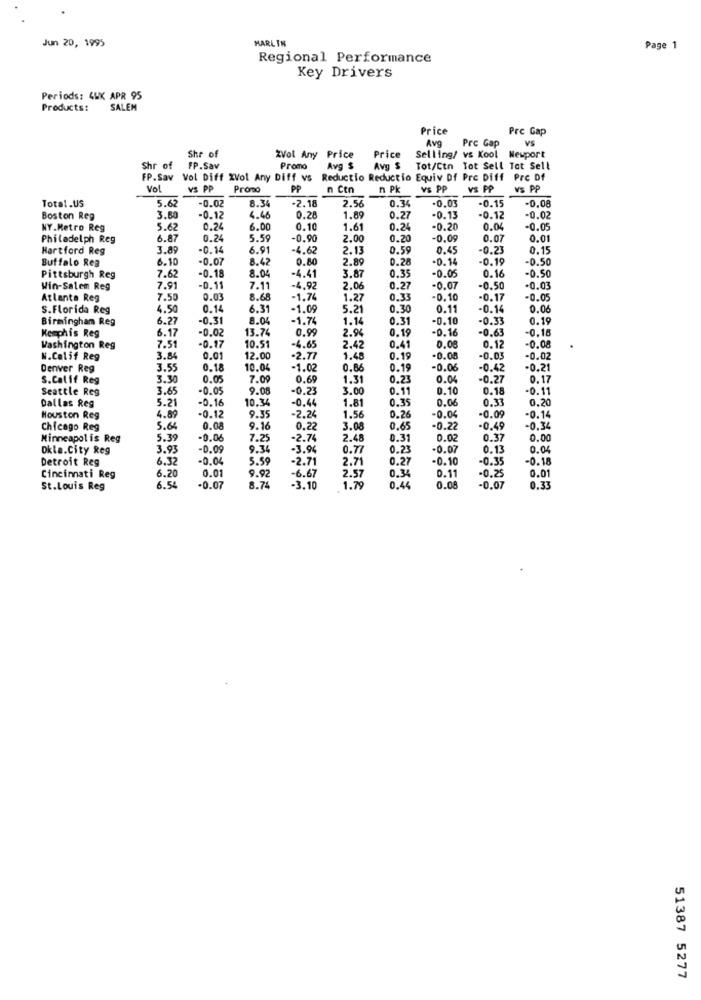
Jun 20, 1995
MARLIN
Page 1
Regional Performance
Key Drivers
Periods: 4UK APR 95
Products:
SALEM
Price
Pre Gap
Ava
Prc Gap
VS
Shr of
ZVol Any Price
Price
Selling/ vs Kool Newport
Shr of
FP.Sav
Promo
Avg $
Avg $
Tot/Ctn Tot Sell Tot Sell
FP.Sav Vol Diff XVol Any Diff vs Reductio Reductio Equiv Df Pre Diff Pre Df
vol
VS PP
Promo
PP
n Cen
n Pk
VS PP
VS PP
VS PP
Total.US
5.6
-0.02
8.34
-2.18
0.34
-0.15
-0.00
2.5
-0.03
Boston Reg
3.80
-0.12
4.46
0.28
1.89
0.27
-0.13
-0.12
0.02
NY.Metro Reg
5.62
0.24
6.00
0.1
1.61
0.24
-0.20
0.04
-0.05
Philadelph Reg
6.8
0.24
5.59
-0.90
2.00
0.20
-0.09
0.07
0.0
Hartford Reg
3.89
-0.14
6.91
6.62
2.13
0.5
0.45
-0.23
0.1
Buffalo Reg
6.1
-0.07
8.42
0.8
2.89
0.28
-0. 14
-0.19
-0.5
8.04
-4.41
0.35
-0.50
Pittsburgh Reg
7.6
-0.18
3.87
-0.05
0.16
Win-Salem Reg
7.91
-0.11
7.11
-4,92
2.06
0.27
-0.07
-0.50
.0.00
Atlanta Reg
7.50
0.03
8.68
-1.7
1.2
0.3
-0.10
-0.17
-0.05
S.Florida Reg
4.50
0.14
6.31
-1.09
5.21
0.30
0.11
-0.14
0.0
Birmingham Reg
6.2
-0.31
8.0
-1.74
1.14
0.31
-0.10
-0.33
0.19
Kemphis Reg
6.17
-0.02
13.74
0.99
2.94
0.15
-0.16
-0.63
-0.16
10.5
-0.0
Washington Reg
7.5
-0.17
-4.6.
2.42
0.41
0.00
0.12
N.Calif Reg
3.84
0.01
12.00
-2.77
1.48
0.19
-0.08
-0.03
-0.02
Denver Reg
3.55
0.18
10.04
-1.02
0.86
0.15
-0.06
-0.42
-0.21
S.Calif Reg
3.30
0.05
7.09
0.69
1.31
0.23
0.04
-0.27
0.17
Seattle Reg
3.8
-0.05
9.08
-0.21
3.00
0.1
0.10
0.18
-0.1
Dallas Reg
-0.16
10.34
-0.44
1.81
0.35
0.06
0.33
0.2
5.21
-0.12
9.35
1.56
0.26
-0.05
-0.09
Houston Reg
4.89
-2.24
-0.14
Chicago Reg
5.64
0.08
9.16
0.2
3.08
0.65
-0.22
-0.49
-0.3
Minneapolis Reg
5.3
-0.06
7.25
-2.7
2.48
0.31
0.02
0.37
0.0
Dkla.City Reg
3.93
-0.09
9.3
-3.94
0.7
0.23
-0.07
0.13
0.04
Detroit Reg
6.32
-0.04
5.59
-2.71
2.71
0.27
-0.10
-0.35
-0.18
6.20
0.01
2.57
0.34
0.11
-0.25
0.0'
Cincinnati Reg
6.54
-6.67
St.Louis Reg
-0.07
8.74
-3.10
1.79
0.44
0.00
-0.07
0.33
51387 5277